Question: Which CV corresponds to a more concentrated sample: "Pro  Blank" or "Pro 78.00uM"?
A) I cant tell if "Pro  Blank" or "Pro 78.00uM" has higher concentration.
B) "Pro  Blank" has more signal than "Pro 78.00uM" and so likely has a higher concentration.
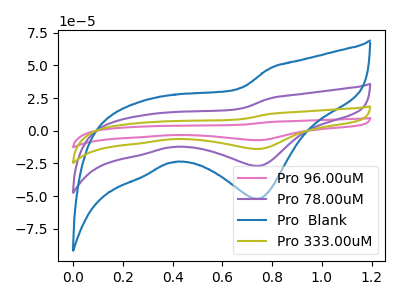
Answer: <think>The pink curve "Pro 96.00uM" has a cathodic peak at: (0.75V, -81.00uA). The purple curve "Pro 78.00uM" has a cathodic peak at: (0.75V, -27.00uA). The blue curve "Pro  Blank" has a cathodic peak at: (0.75V, -52.10uA). The olive curve "Pro 333.00uM" has a cathodic peak at: (0.75V, -54.00uA).
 All the peaks in "Pro  Blank" have a peak in "Pro 78.00uM" at the same potential. Every peak in "Pro  Blank" is higher than every peak in "Pro 78.00uM".</think>
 <answer>B) "Pro  Blank" has more signal than "Pro 78.00uM" and so likely has a higher concentration.</answer>
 <eval>B</eval>